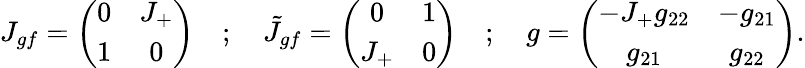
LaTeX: J_{gf}=\left(\begin{array}{cc}{{0}}&{{J_{+}}}\\ {{1}}&{{0}}\end{array}\right)\quad;\quad\tilde{J}_{gf}=\left(\begin{array}{cc}{{0}}&{{1}}\\ {{J_{+}}}&{{0}}\end{array}\right)\quad;\quad g=\left(\begin{array}{cc}{{-J_{+}g_{22}}}&{{-g_{21}}}\\ {{g_{21}}}&{{g_{22}}}\end{array}\right).